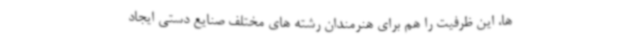
ها، این ظرفیت را هم برای هنرمندان رشته های مختلف صنایع دستی ایجاد